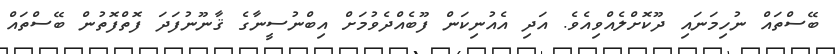
ބޭސްތައް ނުހިމަނައި ދޫކޮށްލެއްވިއެވެ. އަދި އެއުނިކަން ފޫބެއްދެވުމަށް އިބްނުސީނާގެ ޤާނޫނުފަދަ ފޮތްފޮތުން ބޭސްތައް